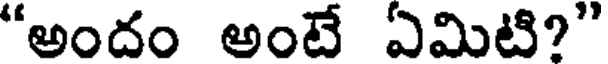
"అందం అంటే ఏమిటి?"